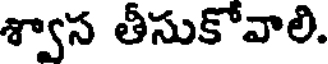
శ్వాస తీసుకోవాలి.